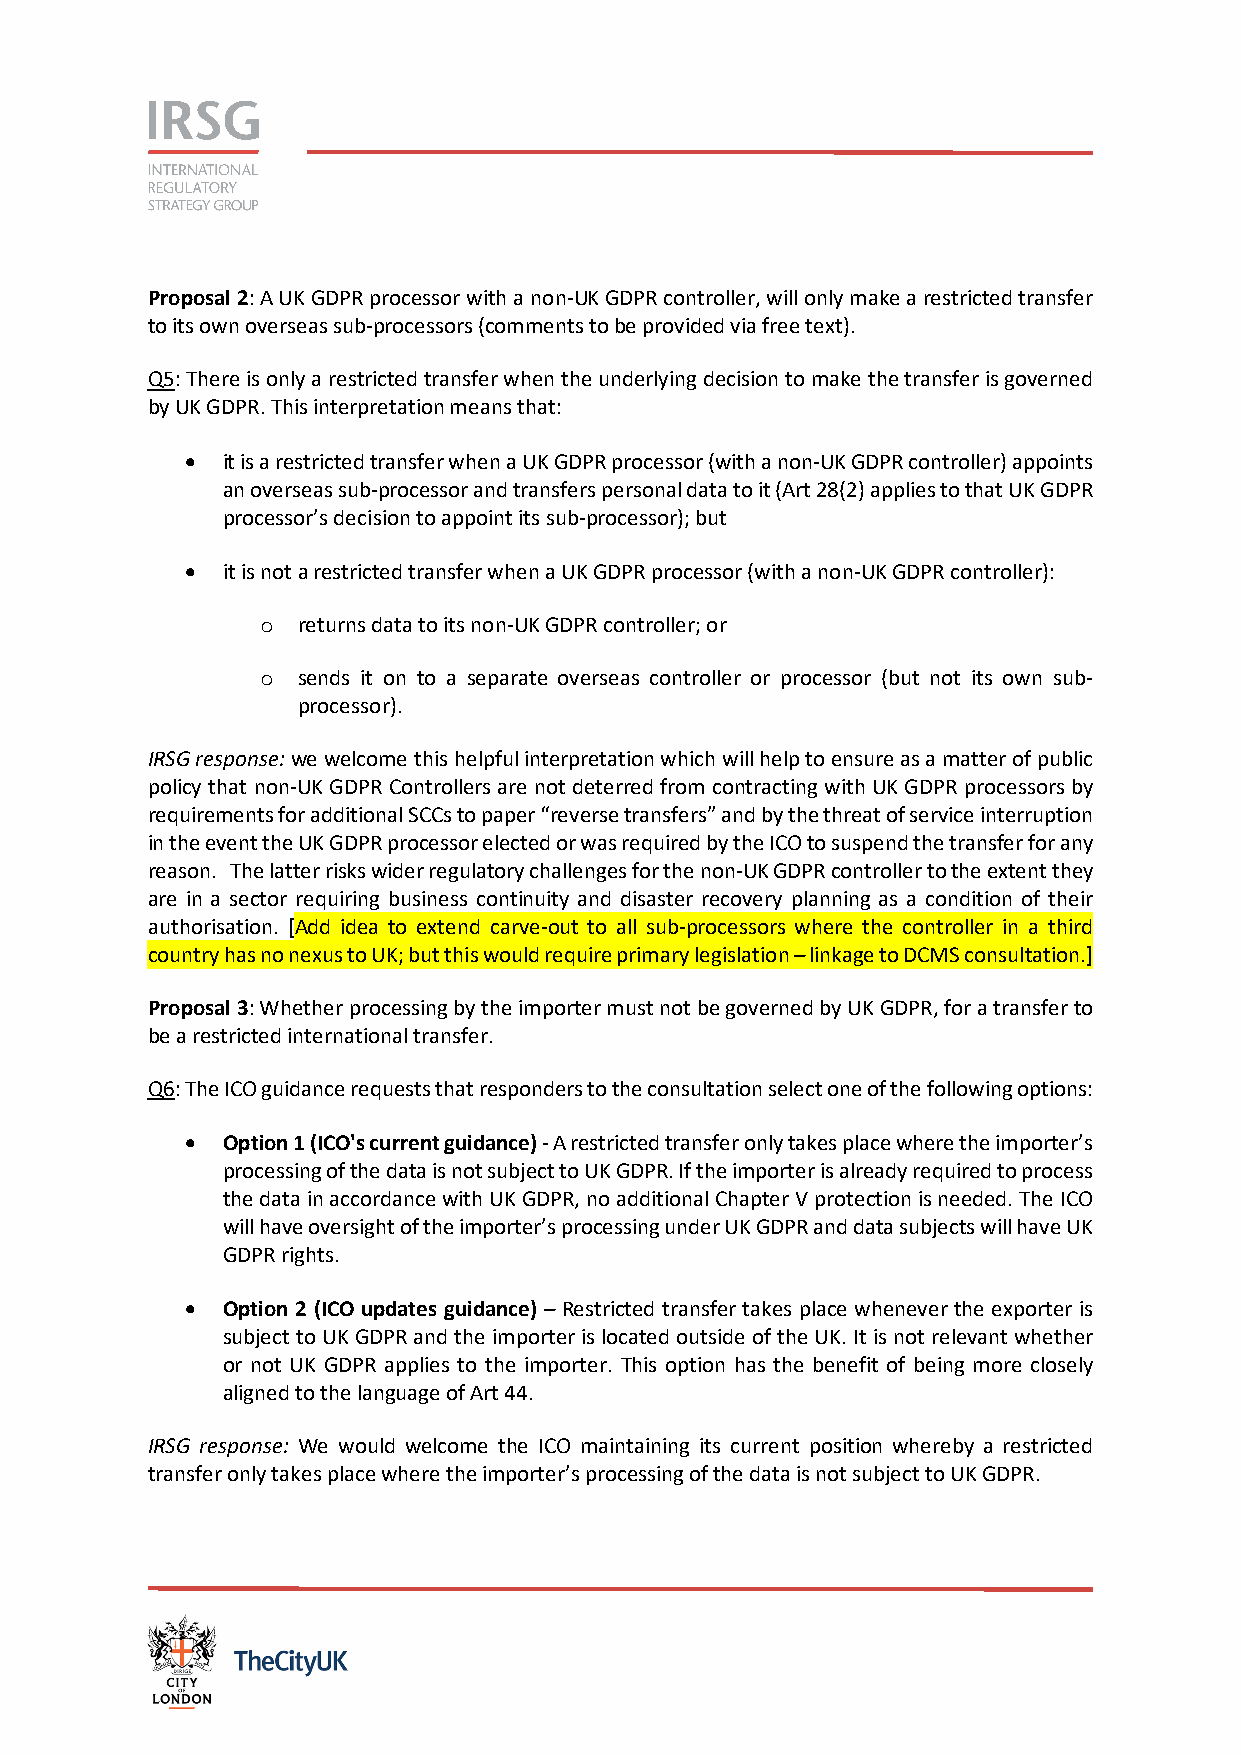
Proposal 2: A UK GDPR processor with a non-UK GDPR controller, will only make a restricted transfer
 to its own overseas sub-processors (comments to be provided via free text).
 Q5: There is only a restricted transfer when the underlying decision to make the transfer is governed
 by UK GDPR. This interpretation means that:
 •  it is a restricted transfer when a UK GDPR processor (with a non-UK GDPR controller) appoints
 an overseas sub-processor and transfers personal data to it (Art 28(2) applies to that UK GDPR
 processor’s decision to appoint its sub-processor); but
 •  it is not a restricted transfer when a UK GDPR processor (with a non-UK GDPR controller):
 returns data to its non-UK GDPR controller; or
 o
 sends it on to a separate overseas controller or processor (but not its own sub-
 o
 processor).
 IRSG response: we welcome this helpful interpretation which will help to ensure as a matter of public
 policy that non-UK GDPR Controllers are not deterred from contracting with UK GDPR processors by
 requirements for additional SCCs to paper “reverse transfers” and by the threat of service interruption
 in the event the UK GDPR processor elected or was required by the ICO to suspend the transfer for any
 reason. The latter risks wider regulatory challenges for the non-UK GDPR controller to the extent they
 are in a sector requiring business continuity and disaster recovery planning as a condition of their
 authorisation. [Add idea to extend carve-out to all sub-processors where the controller in a third
 country has no nexus to UK; but this would require primary legislation – linkage to DCMS consultation.]
 Proposal 3: Whether processing by the importer must not be governed by UK GDPR, for a transfer to
 be a restricted international transfer.
 Q6: The ICO guidance requests that responders to the consultation select one of the following options:
 •  Option 1 (ICO's current guidance) - A restricted transfer only takes place where the importer’s
 processing of the data is not subject to UK GDPR. If the importer is already required to process
 the data in accordance with UK GDPR, no additional Chapter V protection is needed. The ICO
 will have oversight of the importer’s processing under UK GDPR and data subjects will have UK
 GDPR rights.
 •  Option 2 (ICO updates guidance) – Restricted transfer takes place whenever the exporter is
 subject to UK GDPR and the importer is located outside of the UK. It is not relevant whether
 or not UK GDPR applies to the importer. This option has the benefit of being more closely
 aligned to the language of Art 44.
 IRSG response: We would welcome the ICO maintaining its current position whereby a restricted
 transfer only takes place where the importer’s processing of the data is not subject to UK GDPR.